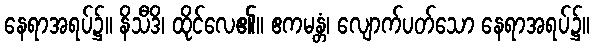
နေရာအရပ်၌။ နိသီဒိ၊ ထိုင်လေ၏။ ဧကမန္တံ၊ လျောက်ပတ်သော နေရာအရပ်၌။